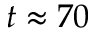
t \approx 7 0